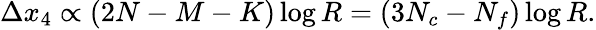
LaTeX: \Delta x_{4}\propto(2N-M-K)\log R=(3N_{c}-N_{f})\log R.